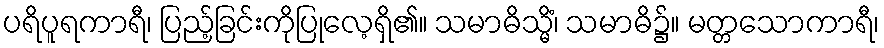
ပရိပူရကာရီ၊ ပြည့်ခြင်းကိုပြုလေ့ရှိ၏။ သမာဓိသ္မိံ၊ သမာဓိ၌။ မတ္တသောကာရီ၊